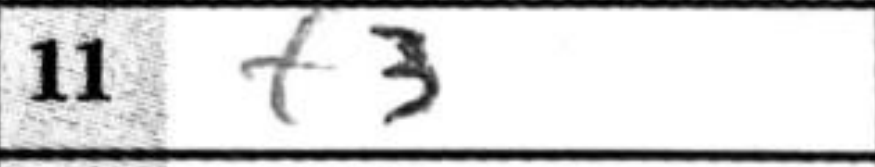
Transcription: f3